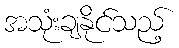
အသုံးချနိုင်သည့်